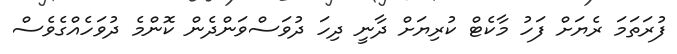
ފުރަތަމަ ރެޔަށް ފަހު މާކެޓް ކުރިޔަށް ދާނީ ދިހަ ދުވަސްވަންދެން ކޮންމެ ދުވަހެއްގެވެސް